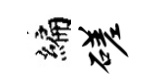
编磋